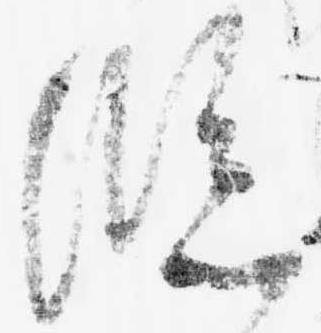
臨